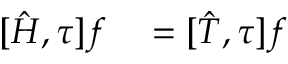
\begin{array} { r l } { [ \hat { H } , \tau ] f } & { { } = [ \hat { T } , \tau ] f } \end{array}